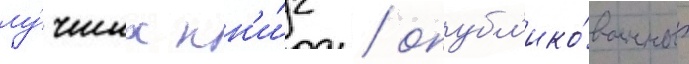
лу́чших кн'и́г / опубл'ико́ванных